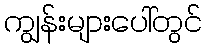
ကျွန်းများပေါ်တွင်